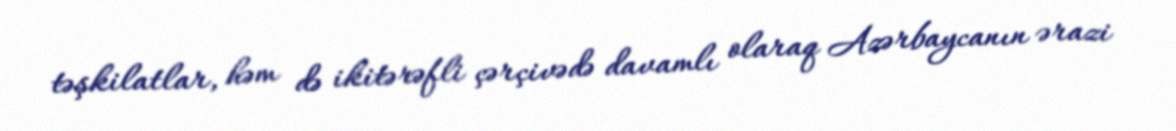
təşkilatlar, həm də ikitərəfli çərçivədə davamlı olaraq Azərbaycanın ərazi